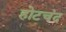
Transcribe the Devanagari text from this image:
होटचंद